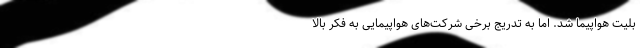
بلیت هواپیما شد. اما به تدریج برخی شرکت‌های هواپیمایی به فکر بالا